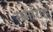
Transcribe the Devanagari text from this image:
समांरोह